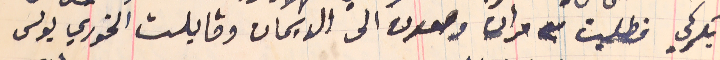
بكركي. فطلبت منه مرات وصعدت الى الديمان وقابلت الخوري بولس